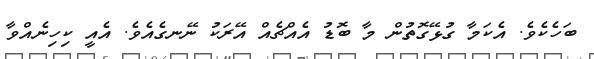
ބަހެކެވެ. އެކަމާ ގުޅޭގޮތުން މާ ބޮޑު އެއްޗެއް އޭރަކު ނޭނގެއެވެ. އެއީ ކިހިނެއްވާ